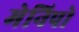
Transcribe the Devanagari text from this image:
मेनिपो